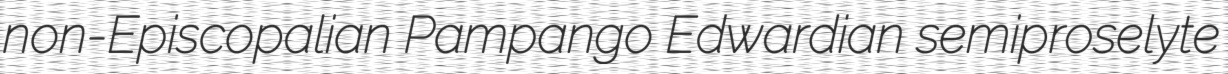
non-Episcopalian Pampango Edwardian semiproselyte